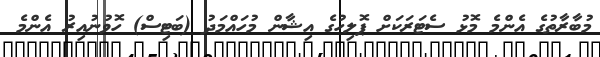
މުބާރާތުގެ އެންމެ މޮޅު ސެޓަރަކަށް ޕޮލިހުގެ އިޝާން މުހައްމަދު (ބަޓިސް) ހޮވުނުއިރު އެންމެ